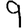
Digit: 9